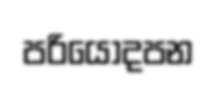
පරියොදපන